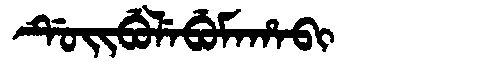
Manchu: ᡩᡠᡳᠪᡠᠯᡝᠪᡠᠮᠠᡥᠠᠪᡳ
Romanization: DUIBULEBUMAHABI